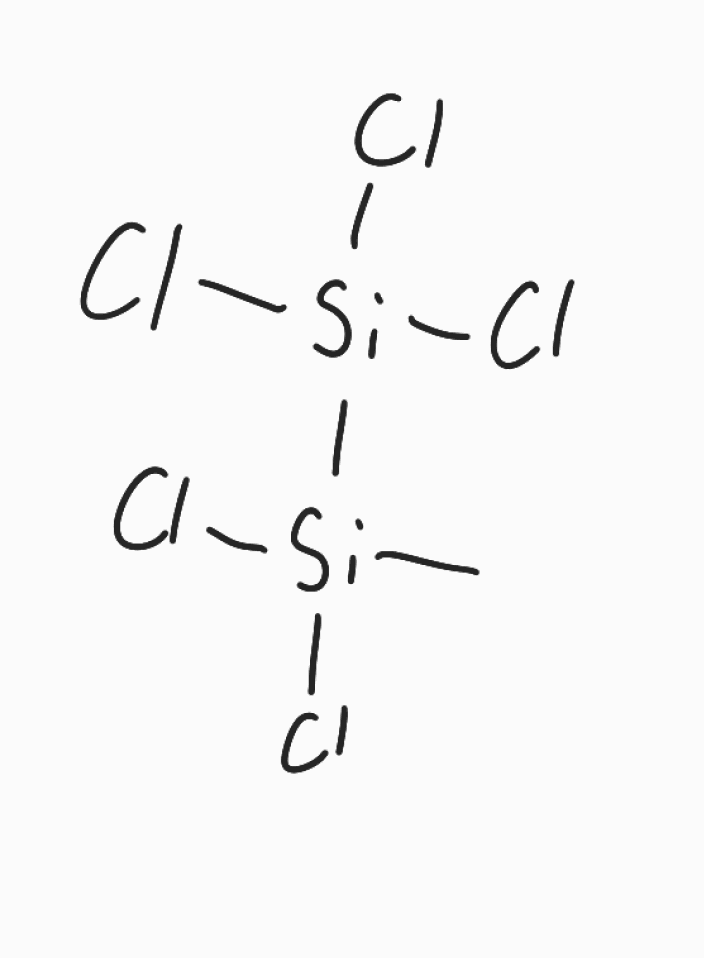
Simplified molecular-input line-entry system (SMILES) notation of the given molecule:
C[Si]([Si](Cl)(Cl)Cl)(Cl)Cl